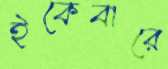
ইকেবারে